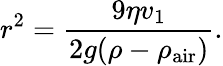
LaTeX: r^{2}={\frac{9\eta v_{1}}{2g(\rho-\rho_{\textrm{air}})}}.